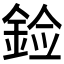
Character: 𰼳